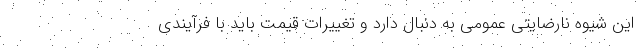
این شیوه نارضایتی عمومی به دنبال دارد و تغییرات قیمت باید با فرآیندی